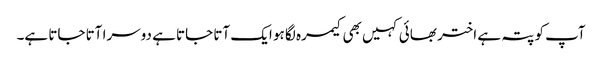
آپ کو پتہ ہے اختر بھائی کہیں بھی کیمرہ لگا ہو ایک آتا جاتا ہے دوسرا آتا جاتا ہے۔